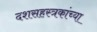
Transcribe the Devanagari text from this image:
दशसहस्त्रकांच्या